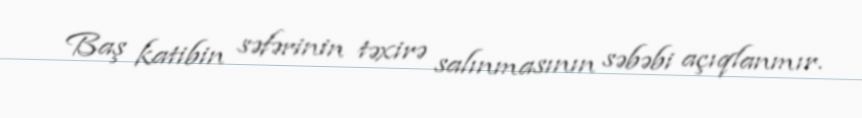
Baş katibin səfərinin təxirə salınmasının səbəbi açıqlanmır.